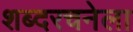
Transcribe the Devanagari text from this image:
शब्दरचनेला